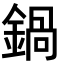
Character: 鍋